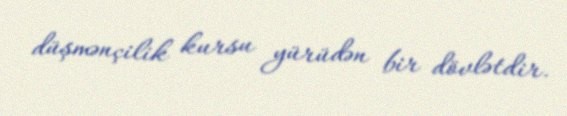
düşmənçilik kursu yürüdən bir dövlətdir.